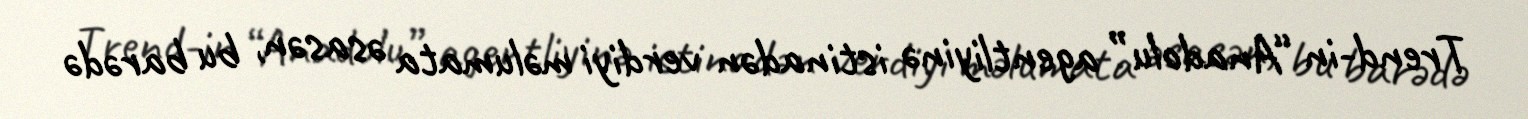
Trend-in “Anadolu” agentliyinə istinadən verdiyi məlumata əsasən, bu barədə